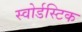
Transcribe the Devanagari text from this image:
स्वोर्डस्टिक